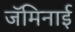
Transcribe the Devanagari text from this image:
जॅमिनाई